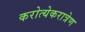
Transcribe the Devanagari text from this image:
करोत्येकरात्रेण